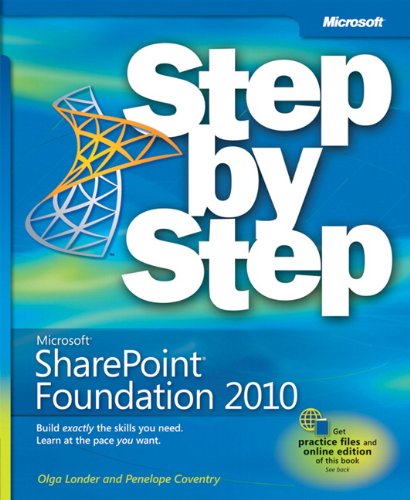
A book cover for Microsoft SharePoint Foundation 2010 Step by Step; Olga Londer; Computers & Technology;